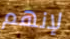
لإنهم